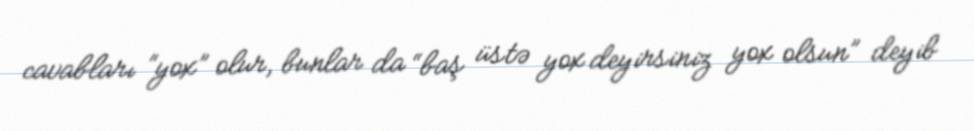
cavabları “yox” olur, bunlar da “baş üstə yox deyirsiniz yox olsun” deyib